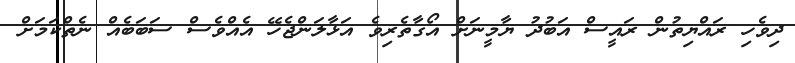
ދިވެހި ރައްޔިތުން ރައީސް އަބުދު ޔާމީނަށް އޯގާތެރިވެ އަޅާލަންޖެހޭ އެއްވެސް ސަބަބެއް ނެތްކަމަށް